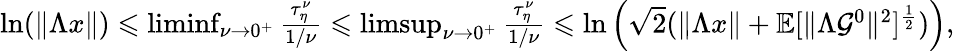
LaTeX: \begin{array}{r}{\ln(\| \Lambda x\| )\leqslant\operatorname*{liminf}_{\nu\to 0^{+}}\frac{\tau_{\eta}^{\nu}}{1/\nu}\leqslant\operatorname*{limsup}_{\nu\to 0^{+}}\frac{\tau_{\eta}^{\nu}}{1/\nu}\leqslant\ln\Big({\sqrt{2}}(\| \Lambda x\| +\mathbb{E}[\| \Lambda\mathcal{G}^{0}\| ^{2}]^{\frac{1}{2}})\Big),}\end{array}